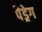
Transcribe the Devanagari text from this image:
पैड्रेग